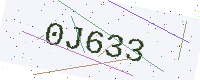
Text: 0J633